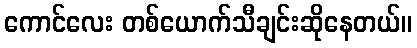
ကောင်လေး တစ်ယောက်သီချင်းဆိုနေတယ်။